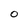
Character: O